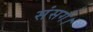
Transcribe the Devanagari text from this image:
संसर्ग।